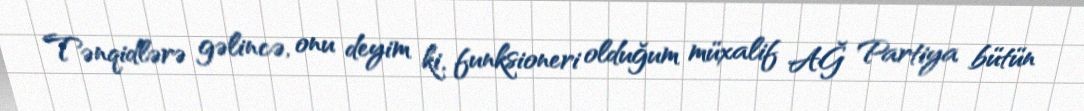
Tənqidlərə gəlincə, onu deyim ki, funksioneri olduğum müxalif AĞ Partiya bütün